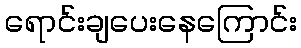
ရောင်းချပေးနေကြောင်း